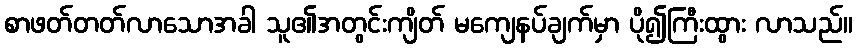
စာဖတ်တတ်လာသောအခါ သူ၏အတွင်းကျိတ် မကျေနပ်ချက်မှာ ပို၍ကြီးထွား လာသည်။